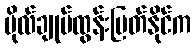
ဗိုလ်ချုပ်ထွန်းမြတ်နိုင်က